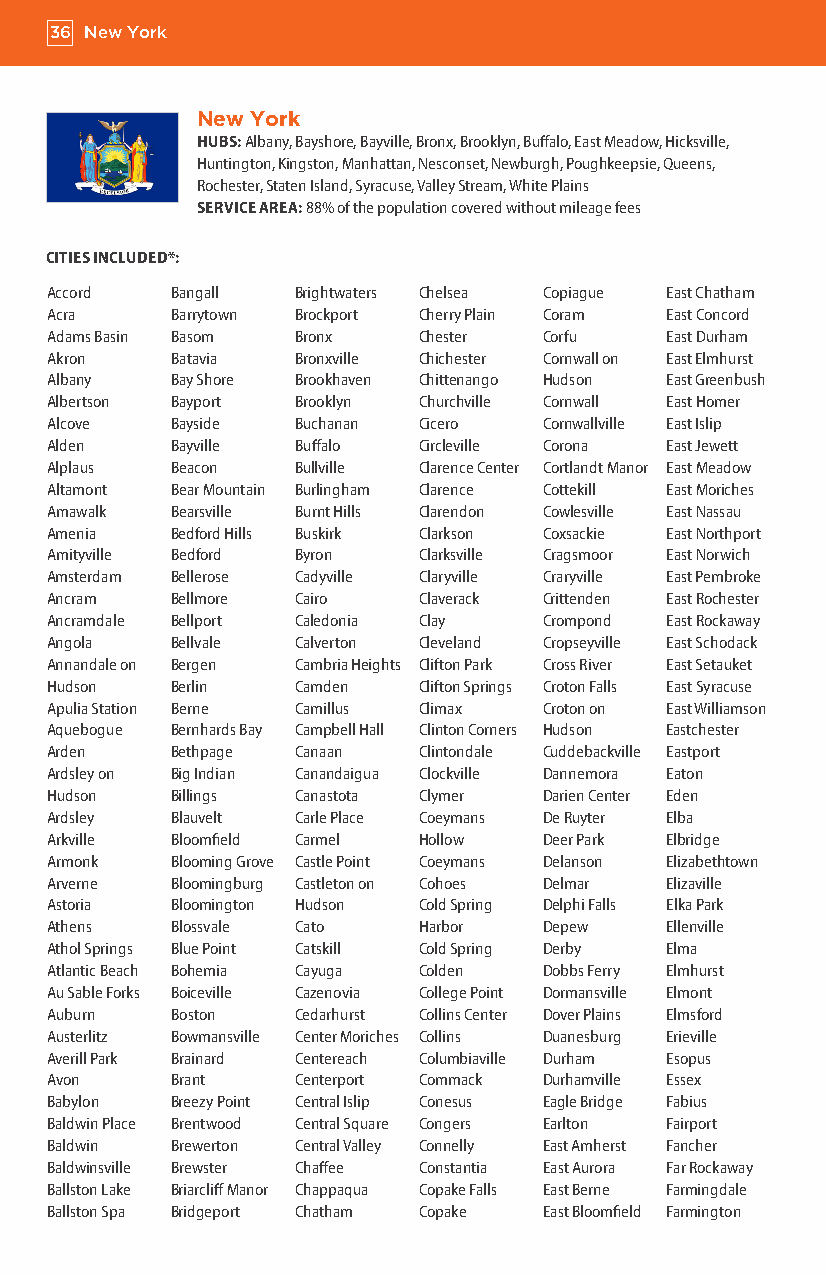
36 New York
 New York
 HUBS: Albany, Bayshore, Bayville, Bronx, Brooklyn, Buffalo, East Meadow, Hicksville,
 Huntington, Kingston, Manhattan, Nesconset, Newburgh, Poughkeepsie, Queens,
 Rochester, Staten Island, Syracuse, Valley Stream, White Plains
 SERVICE AREA: 88% of the population covered without mileage fees
 CITIES INCLUDED*:
 Accord  Bangall Brightwaters Chelsea Copiague East Chatham
 Acra    Barrytown Brockport Cherry Plain Coram East Concord
 Adams Basin Basom Bronx  Chester Corfu   East Durham
 Akron   Batavia Bronxville Chichester Cornwall on East Elmhurst
 Albany  Bay Shore Brookhaven Chittenango Hudson East Greenbush
 Albertson Bayport Brooklyn Churchville Cornwall East Homer
 Alcove  Bayside Buchanan Cicero  Cornwallville East Islip
 Alden   Bayville Buffalo Circleville Corona East Jewett
 Alplaus Beacon  Bullville Clarence Center Cortlandt Manor East Meadow
 Altamont Bear Mountain Burlingham Clarence Cottekill East Moriches
 Amawalk Bearsville Burnt Hills Clarendon Cowlesville East Nassau
 Amenia  Bedford Hills Buskirk Clarkson Coxsackie East Northport
 Amityville Bedford Byron Clarksville Cragsmoor East Norwich
 Amsterdam Bellerose Cadyville Claryville Craryville East Pembroke
 Ancram  Bellmore Cairo   Claverack Crittenden East Rochester
 Ancramdale Bellport Caledonia Clay Crompond East Rockaway
 Angola  Bellvale Calverton Cleveland Cropseyville East Schodack
 Annandale on Bergen Cambria Heights Clifton Park Cross River East Setauket
 Hudson  Berlin  Camden   Clifton Springs Croton Falls East Syracuse
 Apulia Station Berne Camillus Climax Croton on East Williamson
 Aquebogue Bernhards Bay Campbell Hall Clinton Corners Hudson Eastchester
 Arden   Bethpage Canaan  Clintondale Cuddebackville Eastport
 Ardsley on Big Indian Canandaigua Clockville Dannemora Eaton
 Hudson  Billings Canastota Clymer Darien Center Eden
 Ardsley Blauvelt Carle Place Coeymans De Ruyter Elba
 Arkville Bloomfield Carmel Hollow Deer Park Elbridge
 Armonk  Blooming Grove Castle Point Coeymans Delanson Elizabethtown
 Arverne Bloomingburg Castleton on Cohoes Delmar Elizaville
 Astoria Bloomington Hudson Cold Spring Delphi Falls Elka Park
 Athens  Blossvale Cato   Harbor  Depew   Ellenville
 Athol Springs Blue Point Catskill Cold Spring Derby Elma
 Atlantic Beach Bohemia Cayuga Colden Dobbs Ferry Elmhurst
 Au Sable Forks Boiceville Cazenovia College Point Dormansville Elmont
 Auburn  Boston  Cedarhurst Collins Center Dover Plains Elmsford
 Austerlitz Bowmansville Center Moriches Collins Duanesburg Erieville
 Averill Park Brainard Centereach Columbiaville Durham Esopus
 Avon    Brant   Centerport Commack Durhamville Essex
 Babylon Breezy Point Central Islip Conesus Eagle Bridge Fabius
 Baldwin Place Brentwood Central Square Congers Earlton Fairport
 Baldwin Brewerton Central Valley Connelly East Amherst Fancher
 Baldwinsville Brewster Chaffee Constantia East Aurora Far Rockaway
 Ballston Lake Briarcliff Manor Chappaqua Copake Falls East Berne Farmingdale
 Ballston Spa Bridgeport Chatham Copake East Bloomfield Farmington